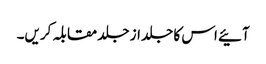
آئیے اس کا جلد از جلد مقابلہ کریں۔